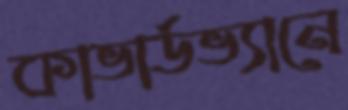
কাভার্ডভ্যানে